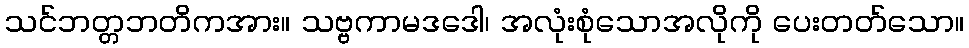
သင်ဘတ္တဘတိကအား။ သဗ္ဗကာမဒဒေါ၊ အလုံးစုံသောအလိုကို ပေးတတ်သော။